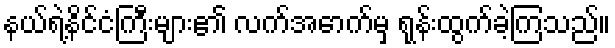
နယ်ရဲ့နိင်ငံကြီးများ၏ လက်အောက်မှ ရုန်းထွက်ခဲ့ကြသည်။